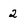
Character: 2